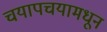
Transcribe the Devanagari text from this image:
चयापचयामधून